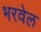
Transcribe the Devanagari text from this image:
भरवेल